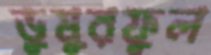
ডুমুরফুল